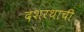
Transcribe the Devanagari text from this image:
दशरथाची